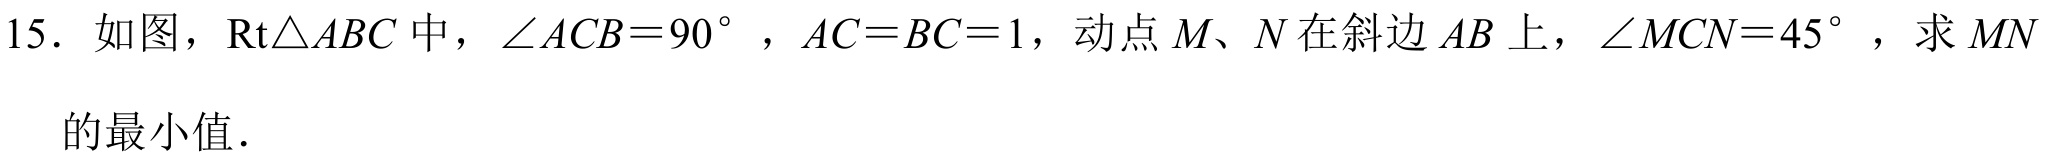
15. 如图，\(\text{Rt}\triangle ABC\)中，\(\angle ACB = 90^{\circ}\)，\(AC = BC = 1\)，动点\(M\)、\(N\)在斜边\(AB\)上，\(\angle MCN = 45^{\circ}\)，求\(MN\)的最小值．